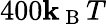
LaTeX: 400\mathbf{k}_{\mathrm{{~B~}}}T